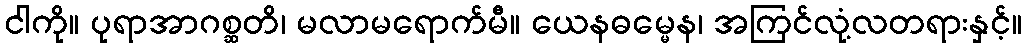
ငါကို။ ပုရာအာဂစ္ဆတိ၊ မလာမရောက်မီ။ ယေနဓမ္မေန၊ အကြင်လုံ့လတရားနှင့်။